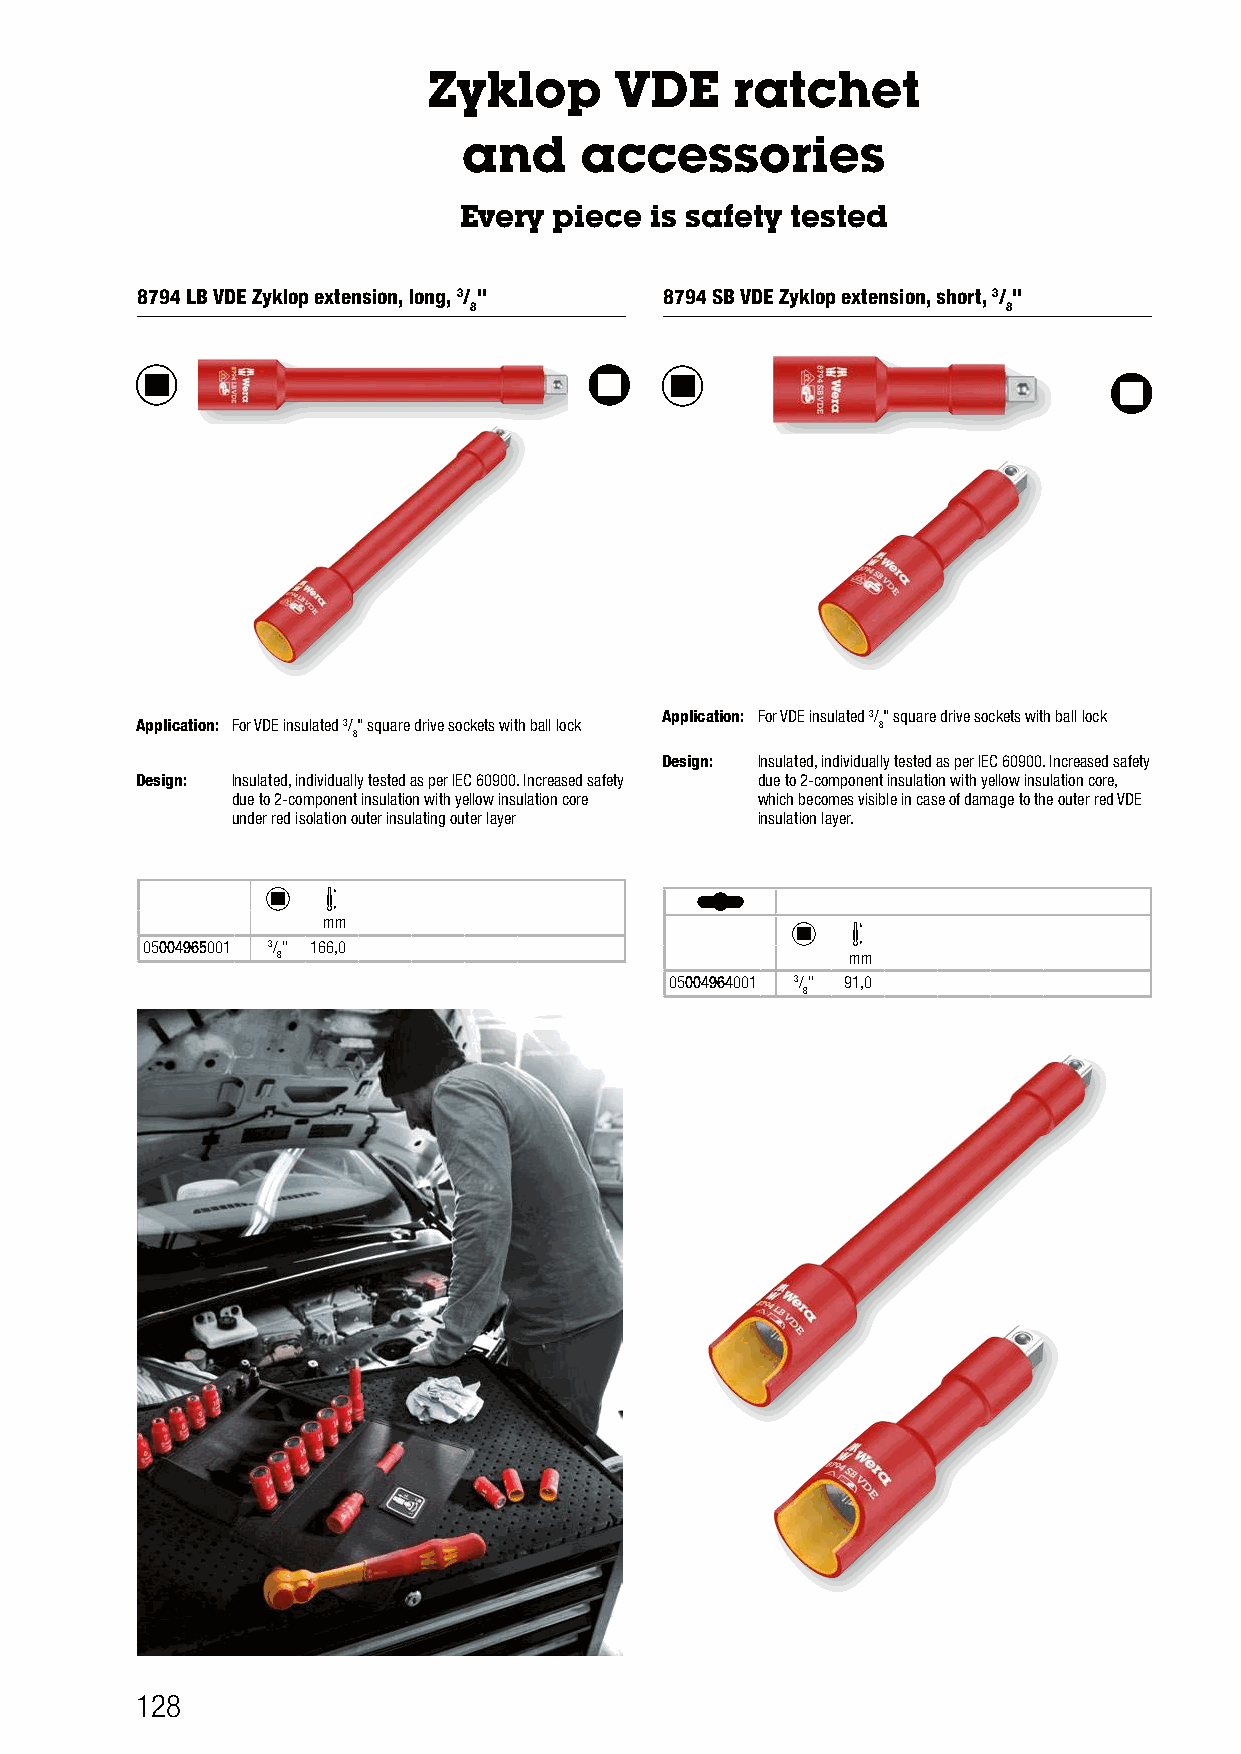
Zyklop       VDE    ratchet
 and    accessories
 Every  piece is safety tested
 8794 LB VDE Zyklop extension, long, 3/ " 8794 SB VDE Zyklop extension, short, 3/ "
 8                                   8
 Application: For VDE insulated 3/" square drive sockets with ball lock
 Application: For VDE insulated 3/" square drive sockets with ball lock 8
 8
 Design: Insulated, individually tested as per IEC 60900. Increased safety
 Design: Insulated, individually tested as per IEC 60900. Increased safety due to 2-component insulation with yellow insulation core,
 due to 2-component insulation with yellow insulation core which becomes visible in case of damage to the outer red VDE
 under red isolation outer insulating outer layer insulation layer.
 mm
 05004965001 3/" 166,0
 8                                     mm
 05004964001 3/" 91,0
 8
 128